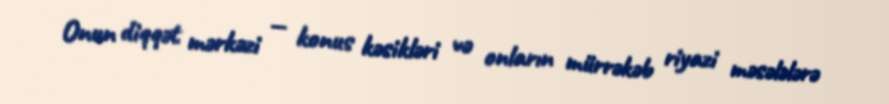
Onun diqqət mərkəzi — konus kəsikləri və onların mürrəkəb riyazi məsələlərə